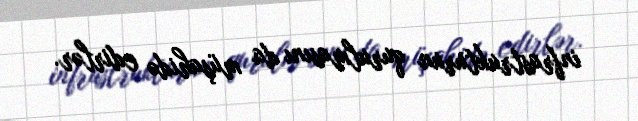
infrastrukturun qurulmasını da müşahidə edirlər.